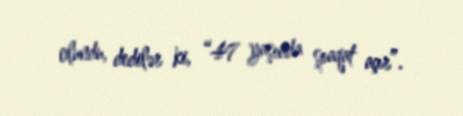
olundu, dedilər ki, “47 yaşında şpaqat açır”.